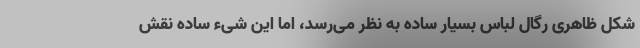
شکل ظاهری رگال لباس بسیار ساده به نظر می‌رسد، اما این شیء ساده نقش